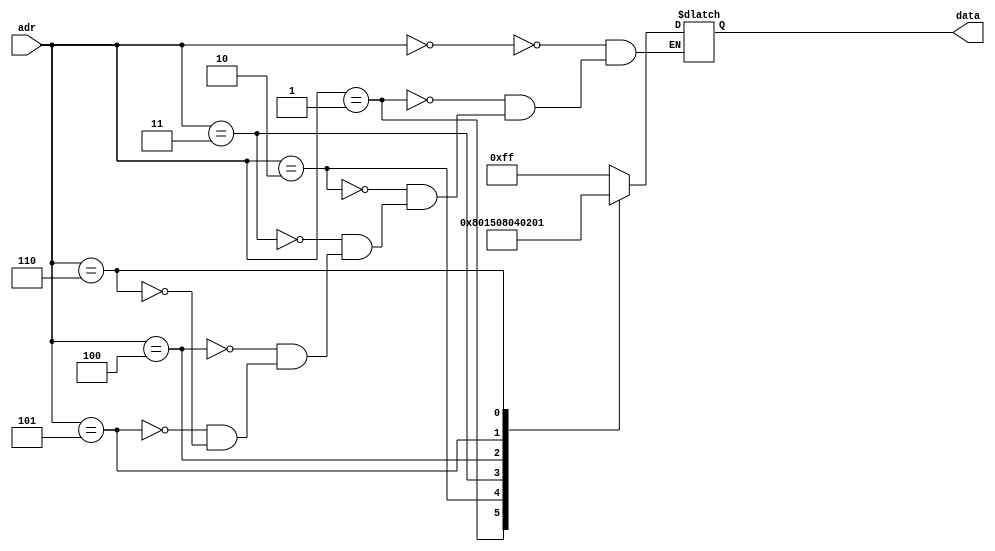
`timescale 1ns/1ns
module ROM(input[2:0] adr, output [7:0] data);
reg[7:0] d;

  always@(adr)begin
     case(adr)
         0: d = 8'hFF;
         1: d = 8'h80;//1/2
         2: d = 8'h15;//1/12
         3: d = 8'h08;//1/30
         4: d = 8'h04;//1/56
         5: d = 8'h02;//1/90
         6: d = 8'h01;//1/132
     endcase
  end
assign data = d;
endmodule